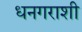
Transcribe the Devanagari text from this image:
धनगराशी